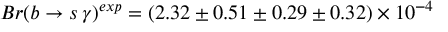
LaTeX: { B r ( b \rightarrow s \, \gamma ) } ^ { e x p } = \left( 2 . 3 2 \pm 0 . 5 1 \pm 0 . 2 9 \pm 0 . 3 2 \right) \times 1 0 ^ { - 4 }